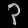
Digit: ၃